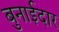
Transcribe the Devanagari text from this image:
बुनाईदार